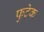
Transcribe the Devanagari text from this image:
फुटेक